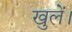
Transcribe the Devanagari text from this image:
खुलें।